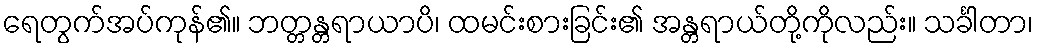
ရေတွက်အပ်ကုန်၏။ ဘတ္တန္တရာယာပိ၊ ထမင်းစားခြင်း၏ အန္တရာယ်တို့ကိုလည်း။ သင်္ခါတာ၊